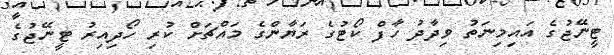
ޓީނޭޖުގެ އައިމިނަތު ވިދާދު ހާފް ކޯޓުގެ ރަޔާންގެ މައްޗަށް ކުރި ހޯދިއިރު ޓީނޭޖުގެ